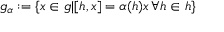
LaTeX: { \mathfrak { g _ { \alpha } } } : = \{ x \in { \mathfrak { g } } | [ h , x ] = \alpha ( h ) x \, \forall h \in { \mathfrak { h } } \}